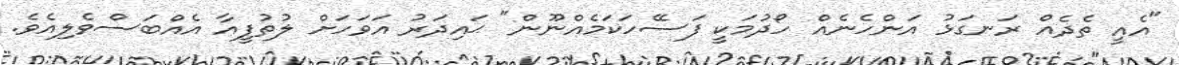
"އެއީ ތެދެއް ރަނގަޅު އަންހެނެއް ހޯދުމަކީ ފަސޭހަކަމެއްނޫން" ޙައިދަރު އަވަހަށް ލުތުފީއާ އެއްބަސްވެލިއެވެ.